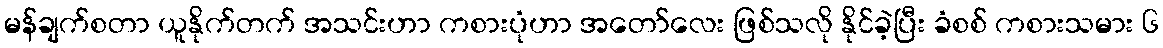
မန်ချက်စတာ ယူနိုက်တက် အသင်းဟာ ကစားပုံဟာ အတော်လေး ဖြစ်သလို နိုင်ခဲ့ပြီး ခံစစ် ကစားသမား ၆